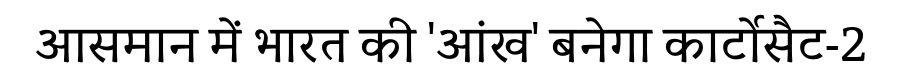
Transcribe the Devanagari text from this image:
आसमान में भारत की 'आंख' बनेगा कार्टोसैट-2